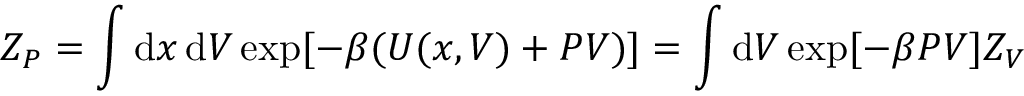
Z _ { P } = \int \mathrm d x \, \mathrm d V \exp [ - \beta ( U ( x , V ) + P V ) ] = \int \mathrm d V \exp [ - \beta P V ] Z _ { V }